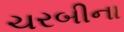
ચરબીના